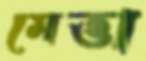
মেত্তা